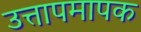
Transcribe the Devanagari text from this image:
उत्तापमापक